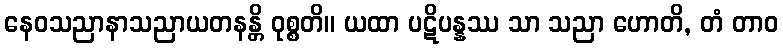
နေဝသညာနာသညာယတနန္တိ ဝုစ္စတိ။ ယထာ ပဋိပန္နဿ သာ သညာ ဟောတိ, တံ တာဝ